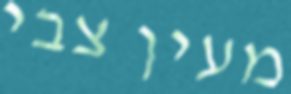
מעין צבי